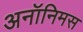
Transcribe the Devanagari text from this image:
अनॉनिमस